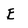
Character: E